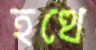
হত্থে